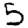
Digit: 5